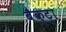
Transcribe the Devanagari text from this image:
बैक्ट्रा